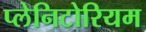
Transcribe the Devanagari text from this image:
प्लेनिटोरियम